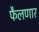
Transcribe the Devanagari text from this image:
फैलणार